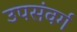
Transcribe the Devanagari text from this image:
उपसंवर्ग